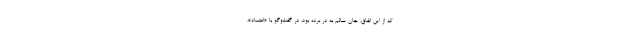
كه از اين اتفاق، جان سالم به در برده بود، در گفت‌وگو با «اعتماد»،